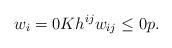
LaTeX: \begin{align*}w_i=0Kh^{ij}w_{ij}\le 0p.\end{align*}